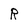
Character: R